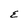
Character: E